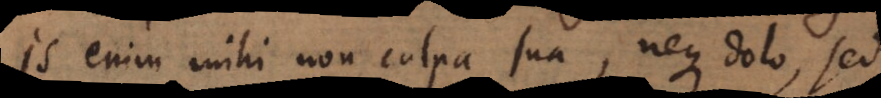
Is enim mihi non culpa sua, neque dolo, sed